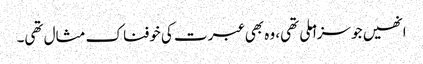
انھیں جو سزا ملی تھی، وہ بھی عبرت کی خوفناک مثال تھی۔